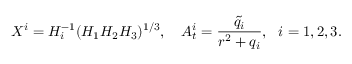
X ^ { i } = H _ { i } ^ { - 1 } ( H _ { 1 } H _ { 2 } H _ { 3 } ) ^ { 1 / 3 } , \ \ \ A _ { t } ^ { i } = \frac { \tilde { q } _ { i } } { r ^ { 2 } + q _ { i } } , \ \ i = 1 , 2 , 3 .